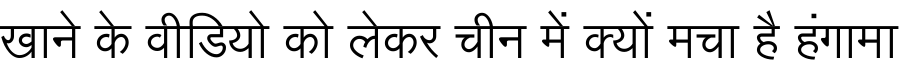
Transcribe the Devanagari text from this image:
खाने के वीडियो को लेकर चीन में क्यों मचा है हंगामा